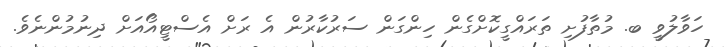
ހަވާލުވީ ބ. މުތާފުށި ތަރައްގީކޮށްގެން ހިންގަން ސަރުކާރުން އެ ރަށް އެސްޓީއޯއަށް ދިނުމުންނެވެ.